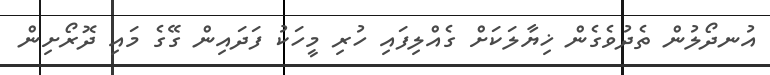
އުނދޯލުން ތެދުވެގެން ޚިޔާލަކަށް ގެއްލިފައި ހުރި މީހަކު ފަދައިން ގޭގެ މައި ދޮރޯށިން